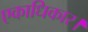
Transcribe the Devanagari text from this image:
एकाधिकार।